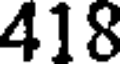
418